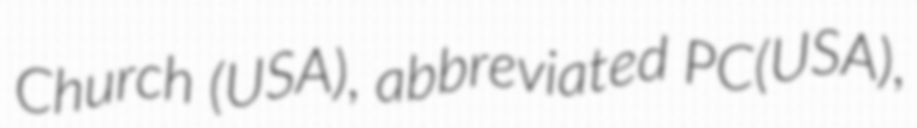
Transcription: Church (USA), abbreviated PC(USA),